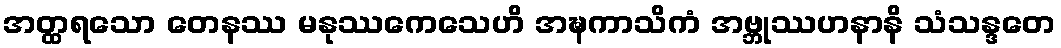
အတ္ထရသော တေနဿ မနုဿကေသေဟိ အဍ္ဎကာသိကံ အဗ္ဘုဿဟနာနိ သံသန္ဒတေ